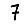
Digit: 7